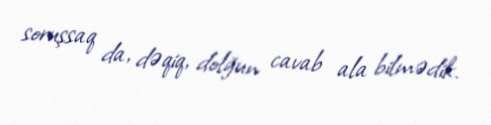
soruşsaq da, dəqiq, dolğun cavab ala bilmədik.